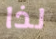
لذا